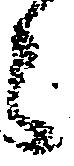
郎